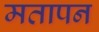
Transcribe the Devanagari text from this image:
मतापन